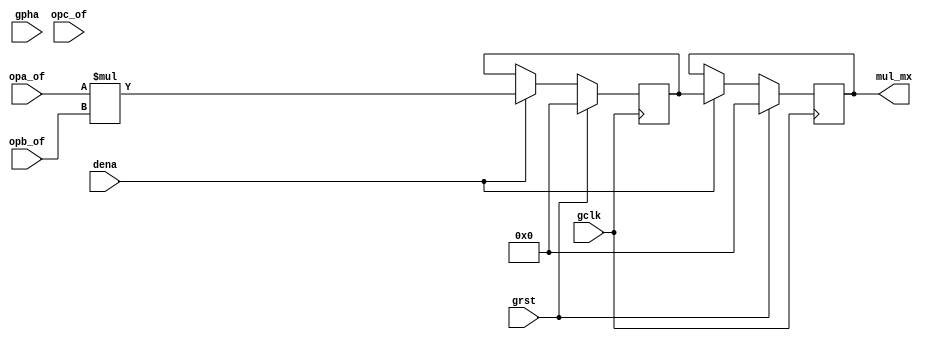
/* $Id: aeMB2_mult.v,v 1.5 2008-04-28 08:15:25 sybreon Exp $
**
** AEMB2 EDK 6.2 COMPATIBLE CORE
** Copyright (C) 2004-2008 Shawn Tan <shawn.tan@aeste.net>
**  
** This file is part of AEMB.
**
** AEMB is free software: you can redistribute it and/or modify it
** under the terms of the GNU Lesser General Public License as
** published by the Free Software Foundation, either version 3 of the
** License, or (at your option) any later version.
**
** AEMB is distributed in the hope that it will be useful, but WITHOUT
** ANY WARRANTY; without even the implied warranty of MERCHANTABILITY
** or FITNESS FOR A PARTICULAR PURPOSE.  See the GNU Lesser General
** Public License for more details.
**
** You should have received a copy of the GNU Lesser General Public
** License along with AEMB. If not, see <http:**www.gnu.org/licenses/>.
*/
/**
 * Two Cycle Multiplier Unit
 * @file aeMB2_mult.v
 
 * This implements a 2 cycle multipler to increase clock speed. The
   multiplier architecture is left to the synthesis tool. Modify this
   to instantiate specific multipliers.
 
 */

// 30 LUTS @ 20 MHZ
`timescale  1ns/1ps
module aeMB2_mult (/*AUTOARG*/
   // Outputs
   mul_mx,
   // Inputs
   opa_of, opb_of, opc_of, gclk, grst, dena, gpha
   );      
   parameter AEMB_MUL = 1; ///< implement multiplier  
   
   output [31:0] mul_mx;   
   
   input [31:0]  opa_of;
   input [31:0]  opb_of;
   input [5:0] 	 opc_of;   

   // SYS signals
   input 	 gclk,
		 grst,
		 dena,
		 gpha;      

   /*AUTOREG*/

   reg [31:0] 	 rOPA, rOPB;   
   reg [31:0] 	 rMUL0, 
		 rMUL1;

   always @(posedge gclk)
     if (grst) begin
	/*AUTORESET*/
	// Beginning of autoreset for uninitialized flops
	rMUL0 <= 32'h0;
	rMUL1 <= 32'h0;
	rOPA <= 32'h0;
	rOPB <= 32'h0;
	// End of automatics
     end else if (dena) begin
	//rMUL1 <= #1 rMUL0;
	rMUL1 <= #1 rMUL0; //rOPA * rOPB;	
	rMUL0 <= #1 (opa_of * opb_of);
	rOPA <= #1 opa_of;
	rOPB <= #1 opb_of;	
     end

   assign 	 mul_mx = (AEMB_MUL[0]) ? rMUL1 : 32'hX;
      
endmodule // aeMB2_mult

/*
 $Log: not supported by cvs2svn $
 Revision 1.4  2008/04/26 17:57:43  sybreon
 Minor performance improvements.

 Revision 1.3  2008/04/26 01:09:06  sybreon
 Passes basic tests. Minor documentation changes to make it compatible with iverilog pre-processor.

 Revision 1.2  2008/04/20 16:34:32  sybreon
 Basic version with some features left out.

 Revision 1.1  2008/04/18 00:21:52  sybreon
 Initial import.
*/